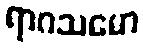
ရာဂသမော